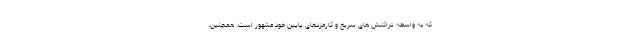
که به واسطه تراکنش های سریع و کارمزدهای پایین خود مشهور است. همچنین،